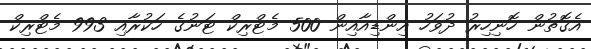
އެގޮތުން ހޮނިހިރު ދުވަހު އިންޑިއާއިން 500 މެޓްރިކް ޓަނުގެ ހަކުރާއި 993 މެޓްރިކް